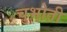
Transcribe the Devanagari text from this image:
चुभोती